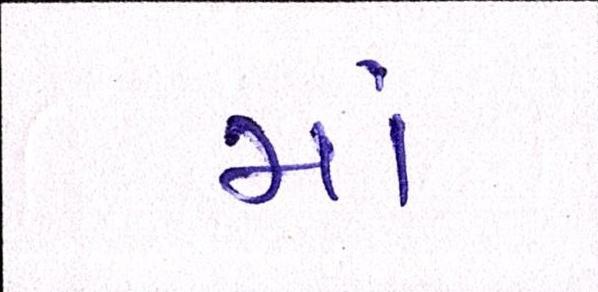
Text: મા